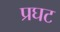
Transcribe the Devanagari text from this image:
प्रघट